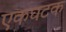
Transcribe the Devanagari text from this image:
एकघटक